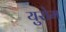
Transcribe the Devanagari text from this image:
युरोम